Civil Veterinary Dept. Bombay admin report 1932-41 - 1932-1941
Year: 1932
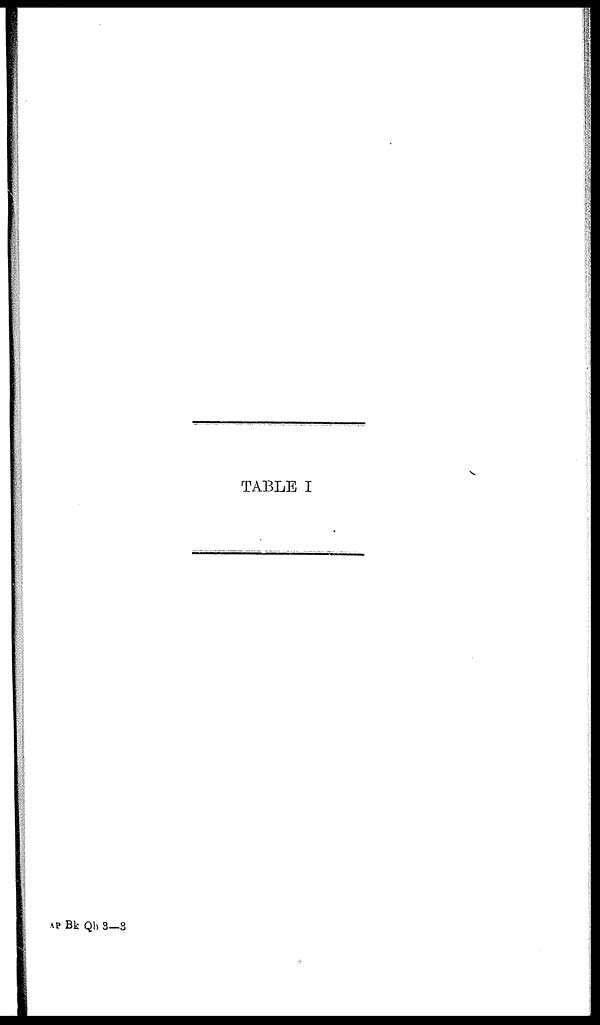
TABLE I
AP Bk Qb 3—3